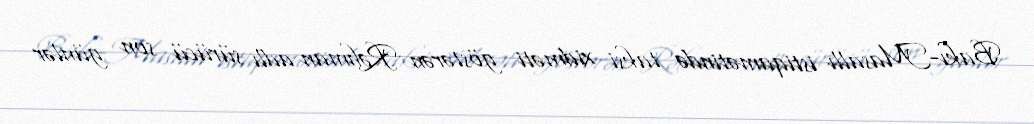
Bakı-Masallı istiqamətində taksi xidməti göstərən Rəhman adlı sürücü son günlər